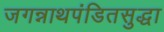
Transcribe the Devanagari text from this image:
जगन्नाथपंडितसुद्धा